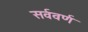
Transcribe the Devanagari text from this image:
सर्ववर्ण